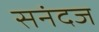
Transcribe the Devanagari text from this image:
सनंदज